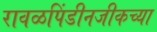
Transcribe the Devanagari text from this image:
रावळपिंडीनजीकच्या